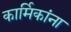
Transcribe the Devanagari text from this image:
कार्मिकांना